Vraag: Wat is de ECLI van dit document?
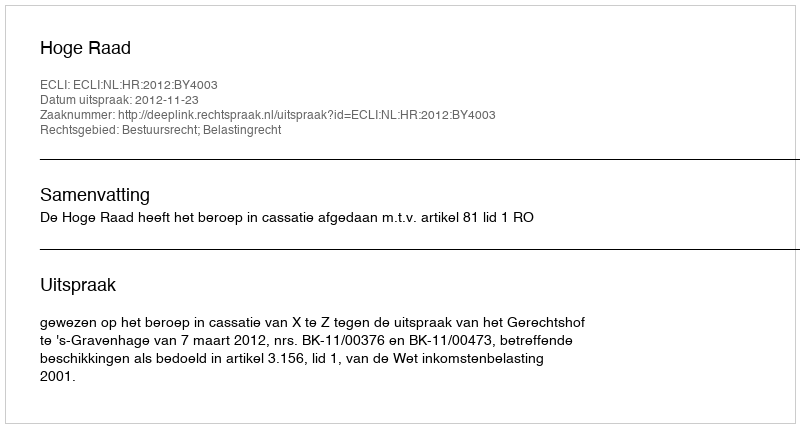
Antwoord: ECLI:NL:HR:2012:BY4003